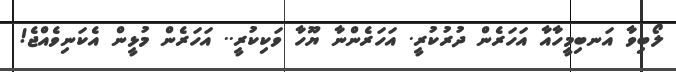
ލޯބިވާ އަނބިމީހާއާ އަހަރެން ދުރުކުރީ. އަހަރެންނާ ޔޫހާ ވަކިކުރީ.. އަހަރެން މުޅީން އެކަނިވެއްޖެ!